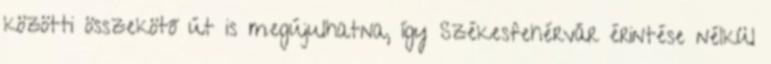
közötti összekötő út is megújulhatna, így Székesfehérvár érintése nélkül